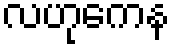
လဟုကေန